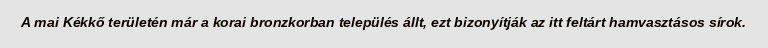
A mai Kékkő területén már a korai bronzkorban település állt, ezt bizonyítják az itt feltárt hamvasztásos sírok.